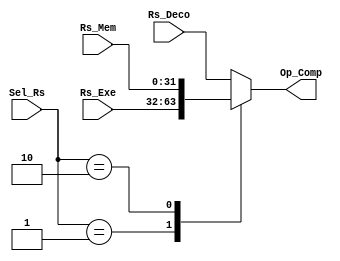
`timescale 1ns / 1ps

/*
	Mux_Comparacion:

	Este mdulo obtiene 3 entradas de 32 bits y selecciona uno hacia la salida.
	Especficamente, se utiliza para escoger el dato que entrar a la unidad de comparacin (Deco, Exe o Mem), con el fin de corregir el riesgo de datos debido a la implementacin por etapas del procesador.

*/

module Mux_Comparacion(
	input [31:0] Rs_Deco,		// Dato en DECO
	input [31:0] Rs_Exe,		// Dato en EXE
	input [31:0] Rs_Mem,		// Dato en MEM
	input [1:0] Sel_Rs,			// Selector del MUX
	output reg [31:0] Op_Comp	// Operando a comparar
	);	
	
	always @(*) begin
		case (Sel_Rs)
			2'b00	: Op_Comp <= Rs_Deco;
			2'b01	: Op_Comp <= Rs_Exe;
			2'b10	: Op_Comp <= Rs_Mem;
			default	: Op_Comp <= Rs_Deco;
		endcase
	end

endmodule